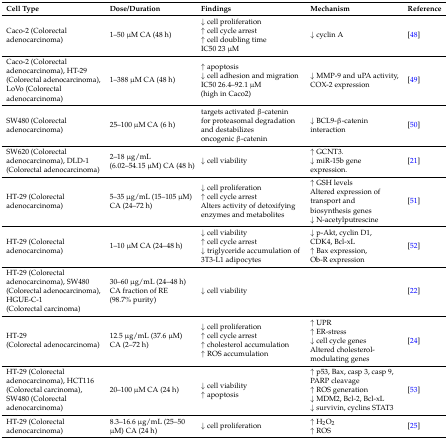
<table><thead><tr><td><b>Cell Type</b></td><td><b>Dose/Duration</b></td><td><b>Findings</b></td><td><b>Mechanism</b></td><td><b>Reference</b></td></tr></thead><tbody><tr><td>Caco-2 (Colorectal adenocarcinoma)</td><td>1–50 μM CA (48 h)</td><td>↓ cell proliferation ↑ cell cycle arrest ↑ cell doubling time IC50 23 μM</td><td>↓ cyclin A</td><td>[48]</td></tr><tr><td>Caco-2 (Colorectal adenocarcinoma), HT-29 (Colorectal adenocarcinoma), LoVo (Colorectal adenocarcinoma)</td><td>1–388 μM CA (48 h)</td><td>↑ apoptosis ↓ cell adhesion and migration IC50 26.4–92.1 μM (high in Caco2)</td><td>↓ MMP-9 and uPA activity, COX-2 expression</td><td>[49]</td></tr><tr><td>SW480 (Colorectal adenocarcinoma) </td><td>25–100 μM CA (6 h)</td><td>targets activated β-catenin for proteasomal degradation and destabilizes oncogenic β-catenin</td><td>↓ BCL9-β-catenin interaction</td><td>[50]</td></tr><tr><td>SW620 (Colorectal adenocarcinoma), DLD-1 (Colorectal adenocarcinoma)</td><td>2–18 μg/mL (6.02–54.15 μM) CA (48 h)</td><td>↓ cell viability</td><td>↑ GCNT3. ↓ miR-15b gene expression.</td><td>[21]</td></tr><tr><td>HT-29 (Colorectal adenocarcinoma)</td><td>5–35 μg/mL (15–105 μM) CA (24–72 h)</td><td>↓ cell proliferation ↑ cell cycle arrest Alters activity of detoxifying enzymes and metabolites</td><td>↑ GSH levels Altered expression of transport and biosynthesis genes ↓ N-acetylputrescine</td><td>[51]</td></tr><tr><td>HT-29 (Colorectal adenocarcinoma)</td><td>1–10 μM CA (24–48 h)</td><td>↓ cell viability ↑ cell cycle arrest ↓ triglyceride accumulation of 3T3-L1 adipocytes</td><td>↓ p-Akt, cyclin D1, CDK4, Bcl-xL ↑ Bax expression, Ob-R expression</td><td>[52]</td></tr><tr><td>HT-29 (Colorectal adenocarcinoma), SW480 (Colorectal adenocarcinoma), HGUE-C-1 (Colorectal carcinoma)</td><td>30–60 μg/mL (24–48 h) CA fraction of RE (98.7% purity)</td><td>↓ cell viability</td><td></td><td>[22]</td></tr><tr><td>HT-29 (Colorectal adenocarcinoma)</td><td>12.5 μg/mL (37.6 μM) CA (2–72 h)</td><td>↓ cell proliferation ↑ cell cycle arrest ↑ cholesterol accumulation ↑ ROS accumulation</td><td>↑ UPR ↑ ER-stress ↓ cell cycle genes Altered cholesterol-modulating genes</td><td>[24]</td></tr><tr><td>HT-29 (Colorectal adenocarcinoma), HCT116 (Colorectal carcinoma), SW480 (Colorectal adenocarcinoma)</td><td>20–100 μM CA (24 h)</td><td>↓ cell viability ↑ apoptosis</td><td>↑ p53, Bax, casp 3, casp 9, PARP cleavage ↑ ROS generation ↓ MDM2, Bcl-2, Bcl-xL ↓ survivin, cyclins STAT3</td><td>[53]</td></tr><tr><td>HT-29 (Colorectal adenocarcinoma)</td><td>8.3–16.6 μg/mL (25–50 μM) CA (24 h)</td><td>↓ cell proliferation</td><td>↑ H<sub>2</sub>O<sub>2</sub>↑ ROS</td><td>[25]</td></tr></tbody></table>